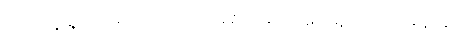
သိနေရု မေရု တိဒိဝါ၊ ဓာရော နေရု သုမေရု စ။